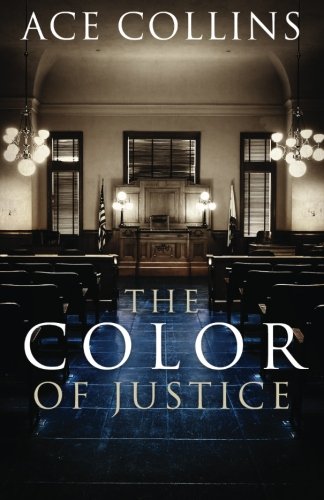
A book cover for The Color of Justice; Ace Collins; Mystery, Thriller & Suspense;